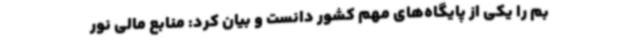
بم را یکی از پایگاه‌های مهم کشور دانست و بیان کرد: منابع مالی نور